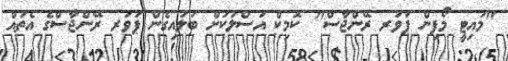
"މައިޓީ މޯފިން ޕަވަރ ރޭންޖާސް" ކޮމިކް އަސްލަކަށް ބަލައިގެން ޕަވަރ ރޭންޖާސްގެ އެތައް